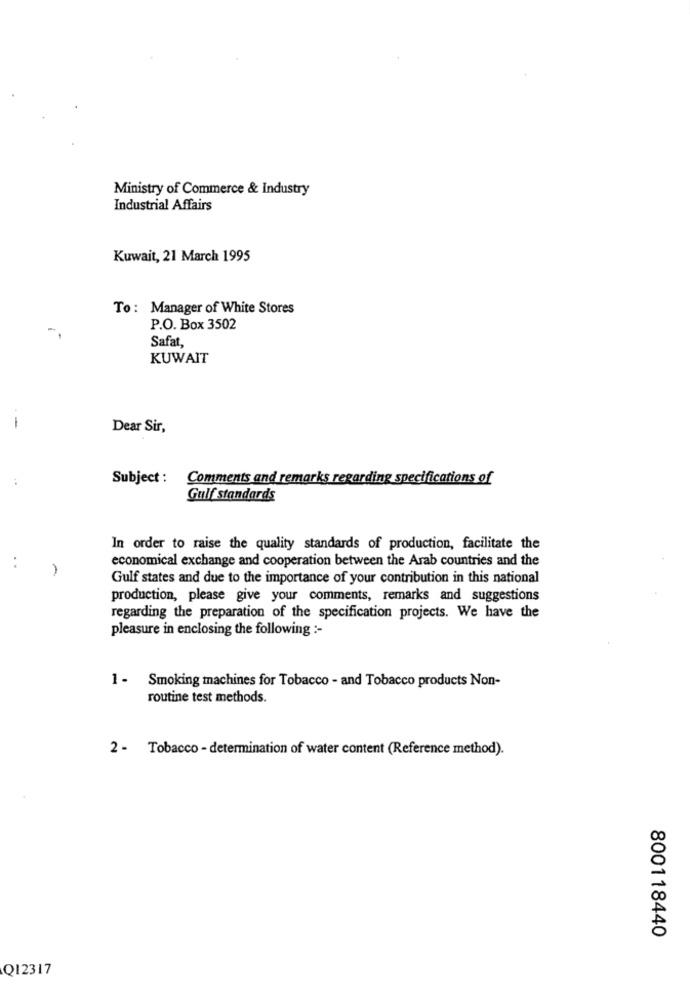
Ministry of Commerce & Industry
Industrial Affairs
Kuwait, 21 March 1995
To : Manager of White Stores
P.O. Box 3502
Safat
KUWAIT
-
Dear Sir,
Subject :
Comments and remarks regarding specifications of
Gulf standards
In order to raise the quality standards of production, facilitate the
economical exchange and cooperation between the Arab countries and the
. .
Gulf states and due to the importance of your contribution in this national
production, please give your comments, remarks and suggestions
regarding the preparation of the specification projects. We have the
pleasure in enclosing the following :-
1 - Smoking machines for Tobacco - and Tobacco products Non-
routine test methods.
2 - Tobacco - determination of water content (Reference method).
800118440
Q12317